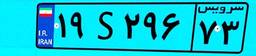
۱۹S۲۹۶۷۳